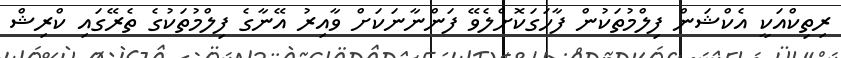
ރިތިކްއަކީ އެކްޝަން ފިލްމުތަކުން ފާހަގަކޮށްލެވޭ ފަންނާނަކަށް ވާއިރު އޭނާގެ ފިލްމުތަކުގެ ތެރޭގައި ކްރިޝް